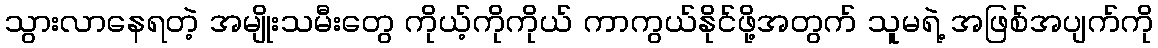
သွားလာနေရတဲ့ အမျိုးသမီးတွေ ကိုယ့်ကိုကိုယ် ကာကွယ်နိုင်ဖို့အတွက် သူမရဲ့ အဖြစ်အပျက်ကို